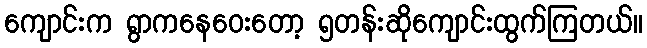
ကျောင်းက ရွာကနေဝေးတော့ ၅တန်းဆိုကျောင်းထွက်ကြတယ်။